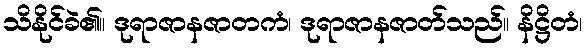
သိနိုင်ခဲ၏။ ဒုရာဇာနဇာတကံ၊ ဒုရာဇာနဇာတ်သည်။ နိဋ္ဌိတံ၊